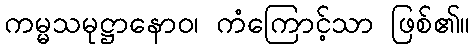
ကမ္မသမုဋ္ဌာနောဝ၊ ကံကြောင့်သာ ဖြစ်၏။